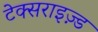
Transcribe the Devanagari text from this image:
टेक्सराइज़्ड